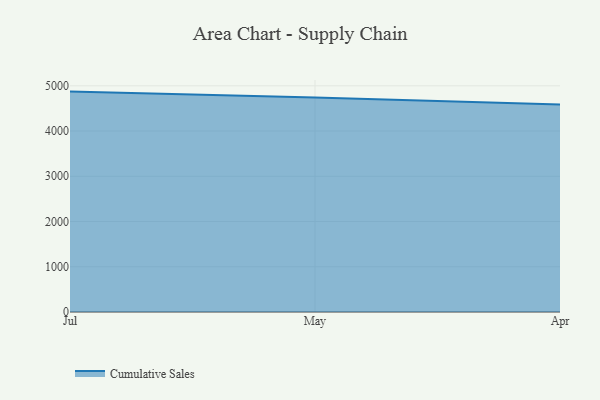
{"axis": {"x": "Month", "y": "Headcount"}, "legend": ["Cumulative Sales"], "data": [{"x": "Jul", "y": 4871.6, "type": "Cumulative Sales"}, {"x": "May", "y": 4743.2, "type": "Cumulative Sales"}, {"x": "Apr", "y": 4586.6, "type": "Cumulative Sales"}]}